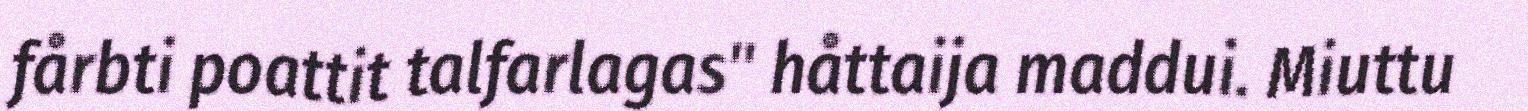
fårbti poattit talfarlagas" håttaija maddui. Miuttu